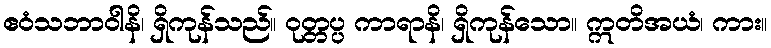
ဧဝံသဘာဝါနိ၊ ရှိကုန်သည်။ ဝုတ္တပ္ပ ကာရာနိ၊ ရှိကုန်သော။ ဣတိအယံ၊ ကား။